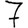
Digit: 7